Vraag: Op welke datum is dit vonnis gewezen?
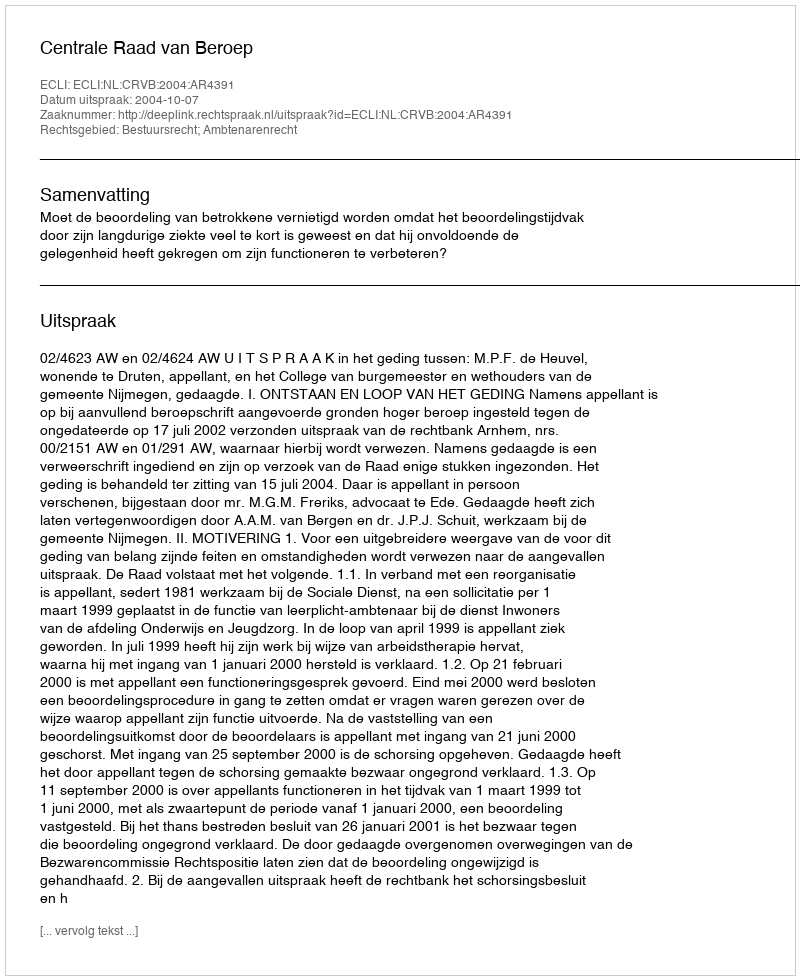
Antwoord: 2004-10-07